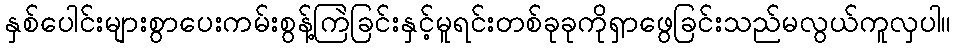
နှစ်ပေါင်းများစွာပေးကမ်းစွန့်ကြဲခြင်းနှင့်မူရင်းတစ်ခုခုကိုရှာဖွေခြင်းသည်မလွယ်ကူလှပါ။